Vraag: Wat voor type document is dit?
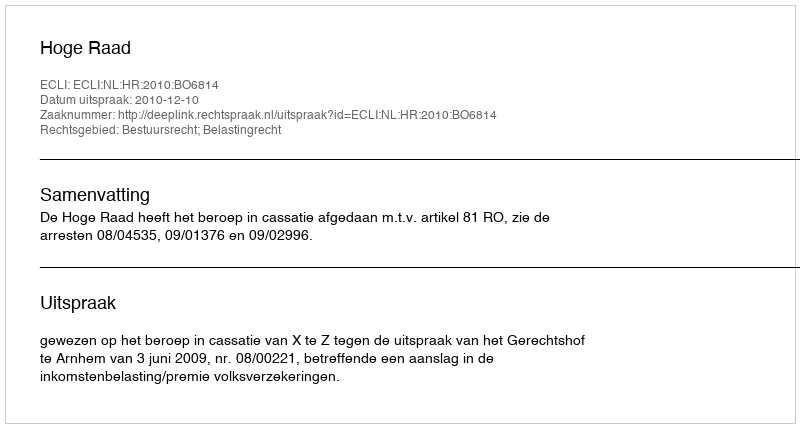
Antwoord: Uitspraak